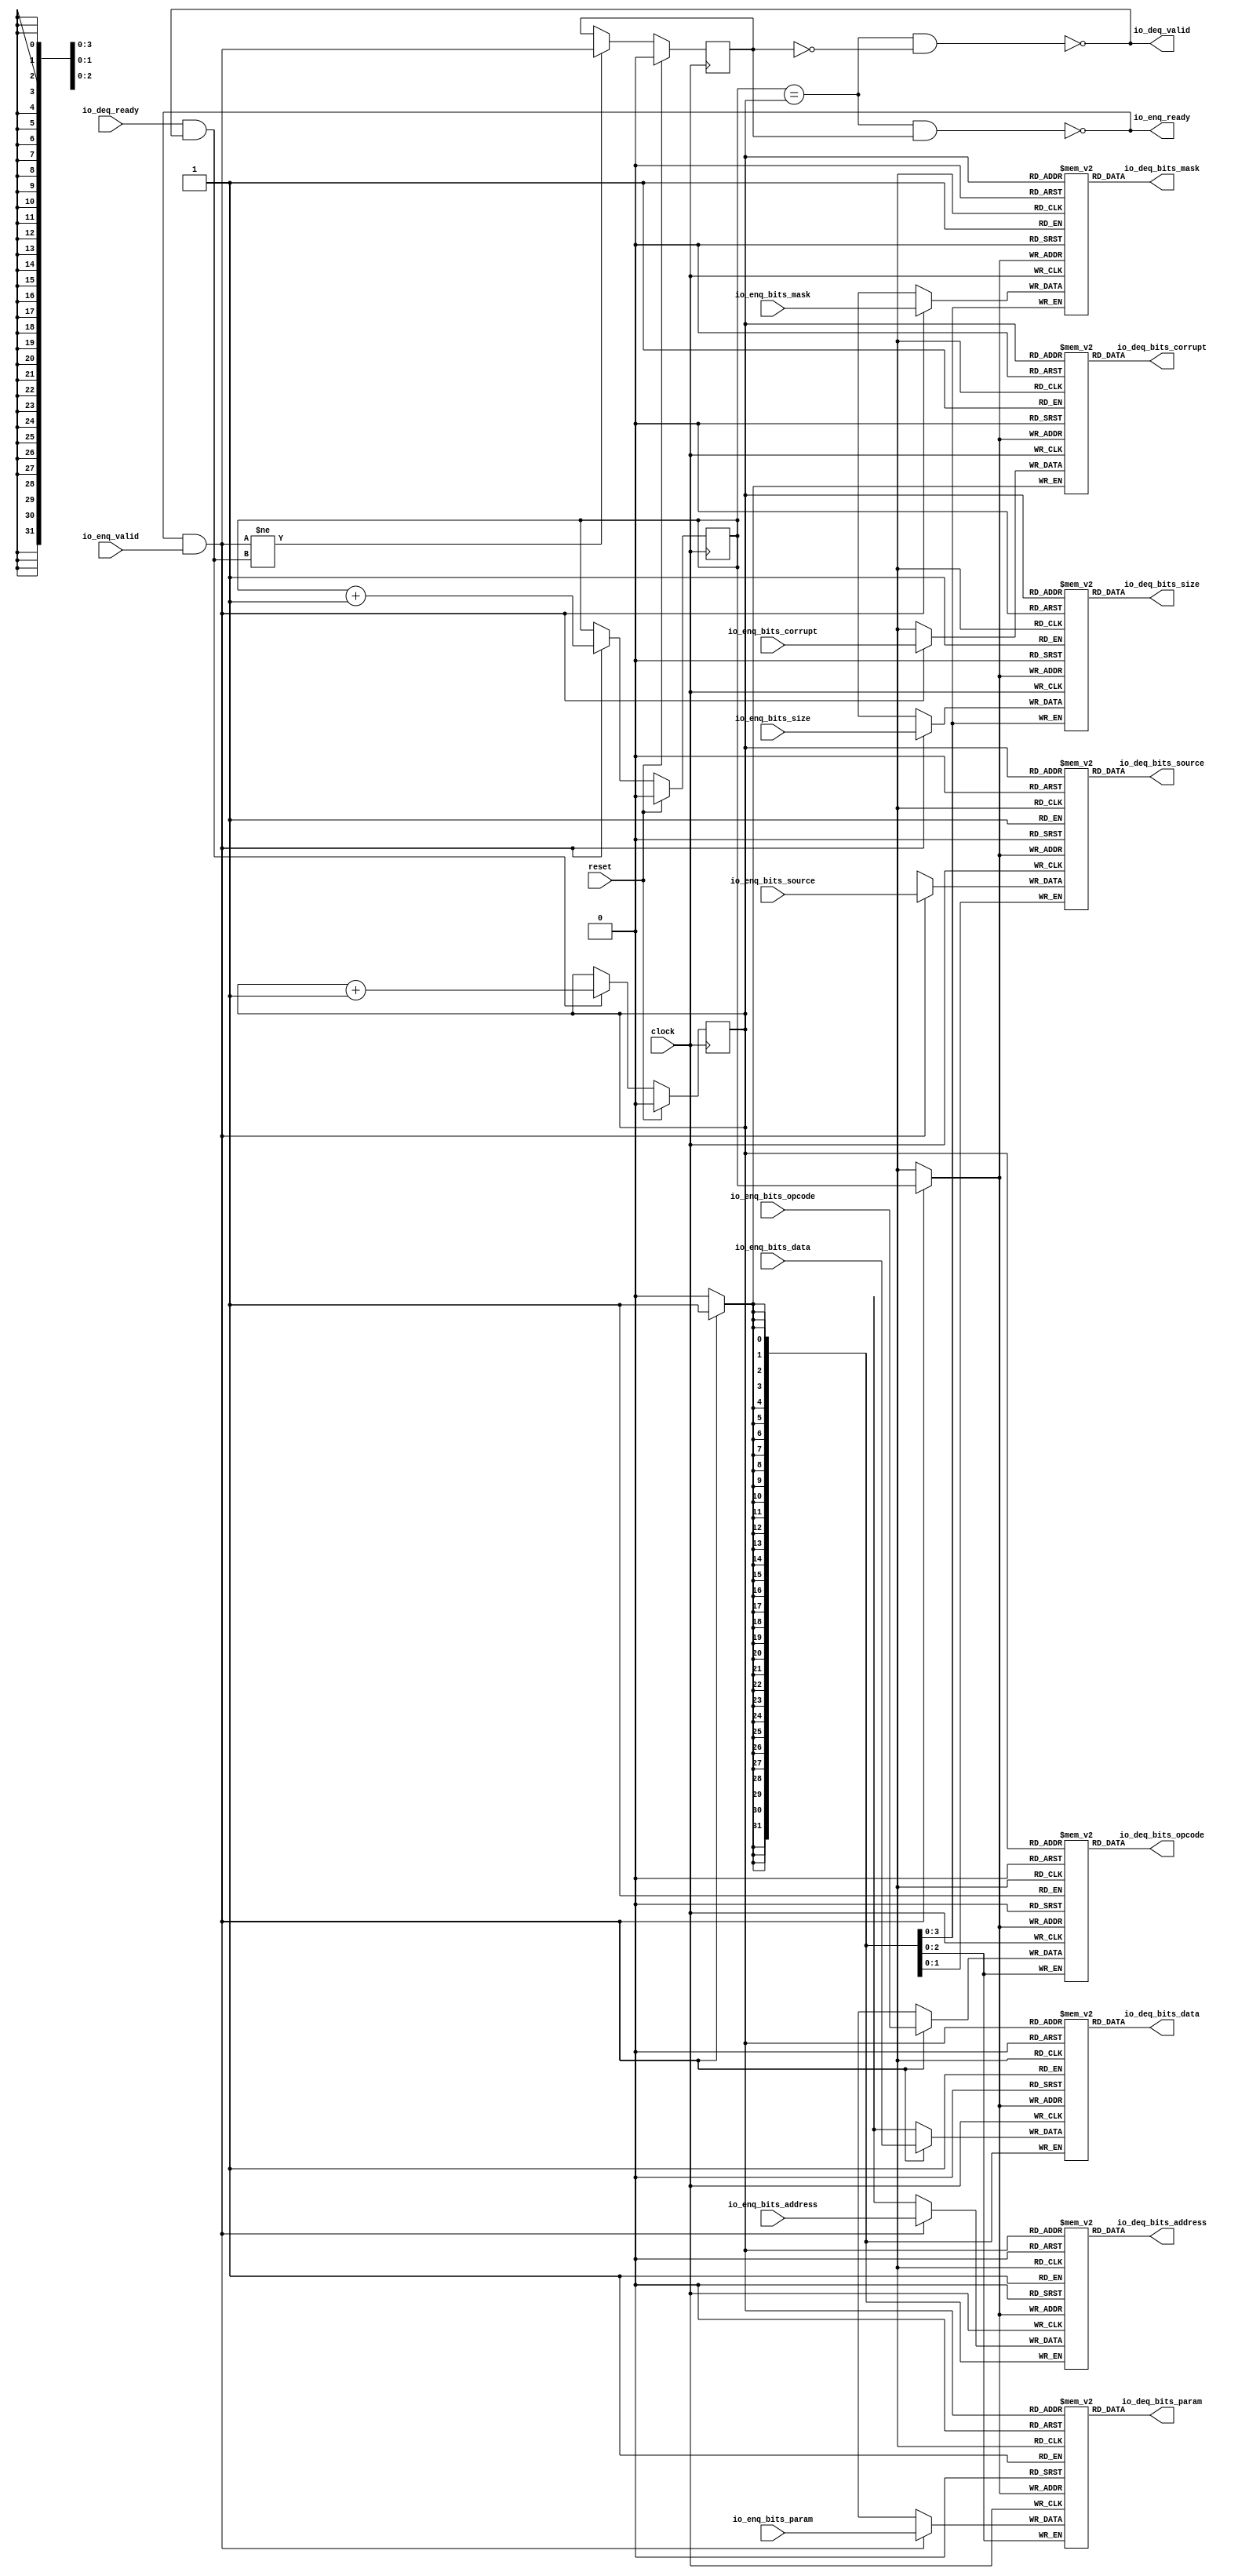
module Queue_33( // @[:freechips.rocketchip.system.DefaultRV32Config.fir@210053.2]
  input         clock, // @[:freechips.rocketchip.system.DefaultRV32Config.fir@210054.4]
  input         reset, // @[:freechips.rocketchip.system.DefaultRV32Config.fir@210055.4]
  output        io_enq_ready, // @[:freechips.rocketchip.system.DefaultRV32Config.fir@210056.4]
  input         io_enq_valid, // @[:freechips.rocketchip.system.DefaultRV32Config.fir@210056.4]
  input  [2:0]  io_enq_bits_opcode, // @[:freechips.rocketchip.system.DefaultRV32Config.fir@210056.4]
  input  [2:0]  io_enq_bits_param, // @[:freechips.rocketchip.system.DefaultRV32Config.fir@210056.4]
  input  [3:0]  io_enq_bits_size, // @[:freechips.rocketchip.system.DefaultRV32Config.fir@210056.4]
  input  [1:0]  io_enq_bits_source, // @[:freechips.rocketchip.system.DefaultRV32Config.fir@210056.4]
  input  [31:0] io_enq_bits_address, // @[:freechips.rocketchip.system.DefaultRV32Config.fir@210056.4]
  input  [3:0]  io_enq_bits_mask, // @[:freechips.rocketchip.system.DefaultRV32Config.fir@210056.4]
  input  [31:0] io_enq_bits_data, // @[:freechips.rocketchip.system.DefaultRV32Config.fir@210056.4]
  input         io_enq_bits_corrupt, // @[:freechips.rocketchip.system.DefaultRV32Config.fir@210056.4]
  input         io_deq_ready, // @[:freechips.rocketchip.system.DefaultRV32Config.fir@210056.4]
  output        io_deq_valid, // @[:freechips.rocketchip.system.DefaultRV32Config.fir@210056.4]
  output [2:0]  io_deq_bits_opcode, // @[:freechips.rocketchip.system.DefaultRV32Config.fir@210056.4]
  output [2:0]  io_deq_bits_param, // @[:freechips.rocketchip.system.DefaultRV32Config.fir@210056.4]
  output [3:0]  io_deq_bits_size, // @[:freechips.rocketchip.system.DefaultRV32Config.fir@210056.4]
  output [1:0]  io_deq_bits_source, // @[:freechips.rocketchip.system.DefaultRV32Config.fir@210056.4]
  output [31:0] io_deq_bits_address, // @[:freechips.rocketchip.system.DefaultRV32Config.fir@210056.4]
  output [3:0]  io_deq_bits_mask, // @[:freechips.rocketchip.system.DefaultRV32Config.fir@210056.4]
  output [31:0] io_deq_bits_data, // @[:freechips.rocketchip.system.DefaultRV32Config.fir@210056.4]
  output        io_deq_bits_corrupt // @[:freechips.rocketchip.system.DefaultRV32Config.fir@210056.4]
);
`ifdef RANDOMIZE_MEM_INIT
  reg [31:0] _RAND_0;
  reg [31:0] _RAND_1;
  reg [31:0] _RAND_2;
  reg [31:0] _RAND_3;
  reg [31:0] _RAND_4;
  reg [31:0] _RAND_5;
  reg [31:0] _RAND_6;
  reg [31:0] _RAND_7;
`endif // RANDOMIZE_MEM_INIT
`ifdef RANDOMIZE_REG_INIT
  reg [31:0] _RAND_8;
  reg [31:0] _RAND_9;
  reg [31:0] _RAND_10;
`endif // RANDOMIZE_REG_INIT
  reg [2:0] ram_opcode [0:1]; // @[Decoupled.scala 209:16:freechips.rocketchip.system.DefaultRV32Config.fir@210058.4]
  wire [2:0] ram_opcode__T_15_data; // @[Decoupled.scala 209:16:freechips.rocketchip.system.DefaultRV32Config.fir@210058.4]
  wire  ram_opcode__T_15_addr; // @[Decoupled.scala 209:16:freechips.rocketchip.system.DefaultRV32Config.fir@210058.4]
  wire [2:0] ram_opcode__T_5_data; // @[Decoupled.scala 209:16:freechips.rocketchip.system.DefaultRV32Config.fir@210058.4]
  wire  ram_opcode__T_5_addr; // @[Decoupled.scala 209:16:freechips.rocketchip.system.DefaultRV32Config.fir@210058.4]
  wire  ram_opcode__T_5_mask; // @[Decoupled.scala 209:16:freechips.rocketchip.system.DefaultRV32Config.fir@210058.4]
  wire  ram_opcode__T_5_en; // @[Decoupled.scala 209:16:freechips.rocketchip.system.DefaultRV32Config.fir@210058.4]
  reg [2:0] ram_param [0:1]; // @[Decoupled.scala 209:16:freechips.rocketchip.system.DefaultRV32Config.fir@210058.4]
  wire [2:0] ram_param__T_15_data; // @[Decoupled.scala 209:16:freechips.rocketchip.system.DefaultRV32Config.fir@210058.4]
  wire  ram_param__T_15_addr; // @[Decoupled.scala 209:16:freechips.rocketchip.system.DefaultRV32Config.fir@210058.4]
  wire [2:0] ram_param__T_5_data; // @[Decoupled.scala 209:16:freechips.rocketchip.system.DefaultRV32Config.fir@210058.4]
  wire  ram_param__T_5_addr; // @[Decoupled.scala 209:16:freechips.rocketchip.system.DefaultRV32Config.fir@210058.4]
  wire  ram_param__T_5_mask; // @[Decoupled.scala 209:16:freechips.rocketchip.system.DefaultRV32Config.fir@210058.4]
  wire  ram_param__T_5_en; // @[Decoupled.scala 209:16:freechips.rocketchip.system.DefaultRV32Config.fir@210058.4]
  reg [3:0] ram_size [0:1]; // @[Decoupled.scala 209:16:freechips.rocketchip.system.DefaultRV32Config.fir@210058.4]
  wire [3:0] ram_size__T_15_data; // @[Decoupled.scala 209:16:freechips.rocketchip.system.DefaultRV32Config.fir@210058.4]
  wire  ram_size__T_15_addr; // @[Decoupled.scala 209:16:freechips.rocketchip.system.DefaultRV32Config.fir@210058.4]
  wire [3:0] ram_size__T_5_data; // @[Decoupled.scala 209:16:freechips.rocketchip.system.DefaultRV32Config.fir@210058.4]
  wire  ram_size__T_5_addr; // @[Decoupled.scala 209:16:freechips.rocketchip.system.DefaultRV32Config.fir@210058.4]
  wire  ram_size__T_5_mask; // @[Decoupled.scala 209:16:freechips.rocketchip.system.DefaultRV32Config.fir@210058.4]
  wire  ram_size__T_5_en; // @[Decoupled.scala 209:16:freechips.rocketchip.system.DefaultRV32Config.fir@210058.4]
  reg [1:0] ram_source [0:1]; // @[Decoupled.scala 209:16:freechips.rocketchip.system.DefaultRV32Config.fir@210058.4]
  wire [1:0] ram_source__T_15_data; // @[Decoupled.scala 209:16:freechips.rocketchip.system.DefaultRV32Config.fir@210058.4]
  wire  ram_source__T_15_addr; // @[Decoupled.scala 209:16:freechips.rocketchip.system.DefaultRV32Config.fir@210058.4]
  wire [1:0] ram_source__T_5_data; // @[Decoupled.scala 209:16:freechips.rocketchip.system.DefaultRV32Config.fir@210058.4]
  wire  ram_source__T_5_addr; // @[Decoupled.scala 209:16:freechips.rocketchip.system.DefaultRV32Config.fir@210058.4]
  wire  ram_source__T_5_mask; // @[Decoupled.scala 209:16:freechips.rocketchip.system.DefaultRV32Config.fir@210058.4]
  wire  ram_source__T_5_en; // @[Decoupled.scala 209:16:freechips.rocketchip.system.DefaultRV32Config.fir@210058.4]
  reg [31:0] ram_address [0:1]; // @[Decoupled.scala 209:16:freechips.rocketchip.system.DefaultRV32Config.fir@210058.4]
  wire [31:0] ram_address__T_15_data; // @[Decoupled.scala 209:16:freechips.rocketchip.system.DefaultRV32Config.fir@210058.4]
  wire  ram_address__T_15_addr; // @[Decoupled.scala 209:16:freechips.rocketchip.system.DefaultRV32Config.fir@210058.4]
  wire [31:0] ram_address__T_5_data; // @[Decoupled.scala 209:16:freechips.rocketchip.system.DefaultRV32Config.fir@210058.4]
  wire  ram_address__T_5_addr; // @[Decoupled.scala 209:16:freechips.rocketchip.system.DefaultRV32Config.fir@210058.4]
  wire  ram_address__T_5_mask; // @[Decoupled.scala 209:16:freechips.rocketchip.system.DefaultRV32Config.fir@210058.4]
  wire  ram_address__T_5_en; // @[Decoupled.scala 209:16:freechips.rocketchip.system.DefaultRV32Config.fir@210058.4]
  reg [3:0] ram_mask [0:1]; // @[Decoupled.scala 209:16:freechips.rocketchip.system.DefaultRV32Config.fir@210058.4]
  wire [3:0] ram_mask__T_15_data; // @[Decoupled.scala 209:16:freechips.rocketchip.system.DefaultRV32Config.fir@210058.4]
  wire  ram_mask__T_15_addr; // @[Decoupled.scala 209:16:freechips.rocketchip.system.DefaultRV32Config.fir@210058.4]
  wire [3:0] ram_mask__T_5_data; // @[Decoupled.scala 209:16:freechips.rocketchip.system.DefaultRV32Config.fir@210058.4]
  wire  ram_mask__T_5_addr; // @[Decoupled.scala 209:16:freechips.rocketchip.system.DefaultRV32Config.fir@210058.4]
  wire  ram_mask__T_5_mask; // @[Decoupled.scala 209:16:freechips.rocketchip.system.DefaultRV32Config.fir@210058.4]
  wire  ram_mask__T_5_en; // @[Decoupled.scala 209:16:freechips.rocketchip.system.DefaultRV32Config.fir@210058.4]
  reg [31:0] ram_data [0:1]; // @[Decoupled.scala 209:16:freechips.rocketchip.system.DefaultRV32Config.fir@210058.4]
  wire [31:0] ram_data__T_15_data; // @[Decoupled.scala 209:16:freechips.rocketchip.system.DefaultRV32Config.fir@210058.4]
  wire  ram_data__T_15_addr; // @[Decoupled.scala 209:16:freechips.rocketchip.system.DefaultRV32Config.fir@210058.4]
  wire [31:0] ram_data__T_5_data; // @[Decoupled.scala 209:16:freechips.rocketchip.system.DefaultRV32Config.fir@210058.4]
  wire  ram_data__T_5_addr; // @[Decoupled.scala 209:16:freechips.rocketchip.system.DefaultRV32Config.fir@210058.4]
  wire  ram_data__T_5_mask; // @[Decoupled.scala 209:16:freechips.rocketchip.system.DefaultRV32Config.fir@210058.4]
  wire  ram_data__T_5_en; // @[Decoupled.scala 209:16:freechips.rocketchip.system.DefaultRV32Config.fir@210058.4]
  reg  ram_corrupt [0:1]; // @[Decoupled.scala 209:16:freechips.rocketchip.system.DefaultRV32Config.fir@210058.4]
  wire  ram_corrupt__T_15_data; // @[Decoupled.scala 209:16:freechips.rocketchip.system.DefaultRV32Config.fir@210058.4]
  wire  ram_corrupt__T_15_addr; // @[Decoupled.scala 209:16:freechips.rocketchip.system.DefaultRV32Config.fir@210058.4]
  wire  ram_corrupt__T_5_data; // @[Decoupled.scala 209:16:freechips.rocketchip.system.DefaultRV32Config.fir@210058.4]
  wire  ram_corrupt__T_5_addr; // @[Decoupled.scala 209:16:freechips.rocketchip.system.DefaultRV32Config.fir@210058.4]
  wire  ram_corrupt__T_5_mask; // @[Decoupled.scala 209:16:freechips.rocketchip.system.DefaultRV32Config.fir@210058.4]
  wire  ram_corrupt__T_5_en; // @[Decoupled.scala 209:16:freechips.rocketchip.system.DefaultRV32Config.fir@210058.4]
  reg  _T; // @[Counter.scala 29:33:freechips.rocketchip.system.DefaultRV32Config.fir@210059.4]
  reg  _T_1; // @[Counter.scala 29:33:freechips.rocketchip.system.DefaultRV32Config.fir@210060.4]
  reg  maybe_full; // @[Decoupled.scala 212:27:freechips.rocketchip.system.DefaultRV32Config.fir@210061.4]
  wire  ptr_match; // @[Decoupled.scala 214:33:freechips.rocketchip.system.DefaultRV32Config.fir@210062.4]
  wire  _T_2; // @[Decoupled.scala 215:28:freechips.rocketchip.system.DefaultRV32Config.fir@210063.4]
  wire  empty; // @[Decoupled.scala 215:25:freechips.rocketchip.system.DefaultRV32Config.fir@210064.4]
  wire  full; // @[Decoupled.scala 216:24:freechips.rocketchip.system.DefaultRV32Config.fir@210065.4]
  wire  do_enq; // @[Decoupled.scala 40:37:freechips.rocketchip.system.DefaultRV32Config.fir@210066.4]
  wire  do_deq; // @[Decoupled.scala 40:37:freechips.rocketchip.system.DefaultRV32Config.fir@210069.4]
  wire  _T_8; // @[Counter.scala 39:22:freechips.rocketchip.system.DefaultRV32Config.fir@210084.6]
  wire  _T_11; // @[Counter.scala 39:22:freechips.rocketchip.system.DefaultRV32Config.fir@210090.6]
  wire  _T_12; // @[Decoupled.scala 227:16:freechips.rocketchip.system.DefaultRV32Config.fir@210093.4]
  assign ram_opcode__T_15_addr = _T_1;
  assign ram_opcode__T_15_data = ram_opcode[ram_opcode__T_15_addr]; // @[Decoupled.scala 209:16:freechips.rocketchip.system.DefaultRV32Config.fir@210058.4]
  assign ram_opcode__T_5_data = io_enq_bits_opcode;
  assign ram_opcode__T_5_addr = _T;
  assign ram_opcode__T_5_mask = 1'h1;
  assign ram_opcode__T_5_en = io_enq_ready & io_enq_valid;
  assign ram_param__T_15_addr = _T_1;
  assign ram_param__T_15_data = ram_param[ram_param__T_15_addr]; // @[Decoupled.scala 209:16:freechips.rocketchip.system.DefaultRV32Config.fir@210058.4]
  assign ram_param__T_5_data = io_enq_bits_param;
  assign ram_param__T_5_addr = _T;
  assign ram_param__T_5_mask = 1'h1;
  assign ram_param__T_5_en = io_enq_ready & io_enq_valid;
  assign ram_size__T_15_addr = _T_1;
  assign ram_size__T_15_data = ram_size[ram_size__T_15_addr]; // @[Decoupled.scala 209:16:freechips.rocketchip.system.DefaultRV32Config.fir@210058.4]
  assign ram_size__T_5_data = io_enq_bits_size;
  assign ram_size__T_5_addr = _T;
  assign ram_size__T_5_mask = 1'h1;
  assign ram_size__T_5_en = io_enq_ready & io_enq_valid;
  assign ram_source__T_15_addr = _T_1;
  assign ram_source__T_15_data = ram_source[ram_source__T_15_addr]; // @[Decoupled.scala 209:16:freechips.rocketchip.system.DefaultRV32Config.fir@210058.4]
  assign ram_source__T_5_data = io_enq_bits_source;
  assign ram_source__T_5_addr = _T;
  assign ram_source__T_5_mask = 1'h1;
  assign ram_source__T_5_en = io_enq_ready & io_enq_valid;
  assign ram_address__T_15_addr = _T_1;
  assign ram_address__T_15_data = ram_address[ram_address__T_15_addr]; // @[Decoupled.scala 209:16:freechips.rocketchip.system.DefaultRV32Config.fir@210058.4]
  assign ram_address__T_5_data = io_enq_bits_address;
  assign ram_address__T_5_addr = _T;
  assign ram_address__T_5_mask = 1'h1;
  assign ram_address__T_5_en = io_enq_ready & io_enq_valid;
  assign ram_mask__T_15_addr = _T_1;
  assign ram_mask__T_15_data = ram_mask[ram_mask__T_15_addr]; // @[Decoupled.scala 209:16:freechips.rocketchip.system.DefaultRV32Config.fir@210058.4]
  assign ram_mask__T_5_data = io_enq_bits_mask;
  assign ram_mask__T_5_addr = _T;
  assign ram_mask__T_5_mask = 1'h1;
  assign ram_mask__T_5_en = io_enq_ready & io_enq_valid;
  assign ram_data__T_15_addr = _T_1;
  assign ram_data__T_15_data = ram_data[ram_data__T_15_addr]; // @[Decoupled.scala 209:16:freechips.rocketchip.system.DefaultRV32Config.fir@210058.4]
  assign ram_data__T_5_data = io_enq_bits_data;
  assign ram_data__T_5_addr = _T;
  assign ram_data__T_5_mask = 1'h1;
  assign ram_data__T_5_en = io_enq_ready & io_enq_valid;
  assign ram_corrupt__T_15_addr = _T_1;
  assign ram_corrupt__T_15_data = ram_corrupt[ram_corrupt__T_15_addr]; // @[Decoupled.scala 209:16:freechips.rocketchip.system.DefaultRV32Config.fir@210058.4]
  assign ram_corrupt__T_5_data = io_enq_bits_corrupt;
  assign ram_corrupt__T_5_addr = _T;
  assign ram_corrupt__T_5_mask = 1'h1;
  assign ram_corrupt__T_5_en = io_enq_ready & io_enq_valid;
  assign ptr_match = _T == _T_1; // @[Decoupled.scala 214:33:freechips.rocketchip.system.DefaultRV32Config.fir@210062.4]
  assign _T_2 = ~maybe_full; // @[Decoupled.scala 215:28:freechips.rocketchip.system.DefaultRV32Config.fir@210063.4]
  assign empty = ptr_match & _T_2; // @[Decoupled.scala 215:25:freechips.rocketchip.system.DefaultRV32Config.fir@210064.4]
  assign full = ptr_match & maybe_full; // @[Decoupled.scala 216:24:freechips.rocketchip.system.DefaultRV32Config.fir@210065.4]
  assign do_enq = io_enq_ready & io_enq_valid; // @[Decoupled.scala 40:37:freechips.rocketchip.system.DefaultRV32Config.fir@210066.4]
  assign do_deq = io_deq_ready & io_deq_valid; // @[Decoupled.scala 40:37:freechips.rocketchip.system.DefaultRV32Config.fir@210069.4]
  assign _T_8 = _T + 1'h1; // @[Counter.scala 39:22:freechips.rocketchip.system.DefaultRV32Config.fir@210084.6]
  assign _T_11 = _T_1 + 1'h1; // @[Counter.scala 39:22:freechips.rocketchip.system.DefaultRV32Config.fir@210090.6]
  assign _T_12 = do_enq != do_deq; // @[Decoupled.scala 227:16:freechips.rocketchip.system.DefaultRV32Config.fir@210093.4]
  assign io_enq_ready = ~full; // @[Decoupled.scala 232:16:freechips.rocketchip.system.DefaultRV32Config.fir@210100.4]
  assign io_deq_valid = ~empty; // @[Decoupled.scala 231:16:freechips.rocketchip.system.DefaultRV32Config.fir@210098.4]
  assign io_deq_bits_opcode = ram_opcode__T_15_data; // @[Decoupled.scala 233:15:freechips.rocketchip.system.DefaultRV32Config.fir@210109.4]
  assign io_deq_bits_param = ram_param__T_15_data; // @[Decoupled.scala 233:15:freechips.rocketchip.system.DefaultRV32Config.fir@210108.4]
  assign io_deq_bits_size = ram_size__T_15_data; // @[Decoupled.scala 233:15:freechips.rocketchip.system.DefaultRV32Config.fir@210107.4]
  assign io_deq_bits_source = ram_source__T_15_data; // @[Decoupled.scala 233:15:freechips.rocketchip.system.DefaultRV32Config.fir@210106.4]
  assign io_deq_bits_address = ram_address__T_15_data; // @[Decoupled.scala 233:15:freechips.rocketchip.system.DefaultRV32Config.fir@210105.4]
  assign io_deq_bits_mask = ram_mask__T_15_data; // @[Decoupled.scala 233:15:freechips.rocketchip.system.DefaultRV32Config.fir@210104.4]
  assign io_deq_bits_data = ram_data__T_15_data; // @[Decoupled.scala 233:15:freechips.rocketchip.system.DefaultRV32Config.fir@210103.4]
  assign io_deq_bits_corrupt = ram_corrupt__T_15_data; // @[Decoupled.scala 233:15:freechips.rocketchip.system.DefaultRV32Config.fir@210102.4]
`ifdef RANDOMIZE_GARBAGE_ASSIGN
`define RANDOMIZE
`endif
`ifdef RANDOMIZE_INVALID_ASSIGN
`define RANDOMIZE
`endif
`ifdef RANDOMIZE_REG_INIT
`define RANDOMIZE
`endif
`ifdef RANDOMIZE_MEM_INIT
`define RANDOMIZE
`endif
`ifndef RANDOM
`define RANDOM $random
`endif
`ifdef RANDOMIZE_MEM_INIT
  integer initvar;
`endif
`ifndef SYNTHESIS
`ifdef FIRRTL_BEFORE_INITIAL
`FIRRTL_BEFORE_INITIAL
`endif
initial begin
  `ifdef RANDOMIZE
    `ifdef INIT_RANDOM
      `INIT_RANDOM
    `endif
    `ifndef VERILATOR
      `ifdef RANDOMIZE_DELAY
        #`RANDOMIZE_DELAY begin end
      `else
        #0.002 begin end
      `endif
    `endif
`ifdef RANDOMIZE_MEM_INIT
  _RAND_0 = {1{`RANDOM}};
  for (initvar = 0; initvar < 2; initvar = initvar+1)
    ram_opcode[initvar] = _RAND_0[2:0];
  _RAND_1 = {1{`RANDOM}};
  for (initvar = 0; initvar < 2; initvar = initvar+1)
    ram_param[initvar] = _RAND_1[2:0];
  _RAND_2 = {1{`RANDOM}};
  for (initvar = 0; initvar < 2; initvar = initvar+1)
    ram_size[initvar] = _RAND_2[3:0];
  _RAND_3 = {1{`RANDOM}};
  for (initvar = 0; initvar < 2; initvar = initvar+1)
    ram_source[initvar] = _RAND_3[1:0];
  _RAND_4 = {1{`RANDOM}};
  for (initvar = 0; initvar < 2; initvar = initvar+1)
    ram_address[initvar] = _RAND_4[31:0];
  _RAND_5 = {1{`RANDOM}};
  for (initvar = 0; initvar < 2; initvar = initvar+1)
    ram_mask[initvar] = _RAND_5[3:0];
  _RAND_6 = {1{`RANDOM}};
  for (initvar = 0; initvar < 2; initvar = initvar+1)
    ram_data[initvar] = _RAND_6[31:0];
  _RAND_7 = {1{`RANDOM}};
  for (initvar = 0; initvar < 2; initvar = initvar+1)
    ram_corrupt[initvar] = _RAND_7[0:0];
`endif // RANDOMIZE_MEM_INIT
`ifdef RANDOMIZE_REG_INIT
  _RAND_8 = {1{`RANDOM}};
  _T = _RAND_8[0:0];
  _RAND_9 = {1{`RANDOM}};
  _T_1 = _RAND_9[0:0];
  _RAND_10 = {1{`RANDOM}};
  maybe_full = _RAND_10[0:0];
`endif // RANDOMIZE_REG_INIT
  `endif // RANDOMIZE
end // initial
`ifdef FIRRTL_AFTER_INITIAL
`FIRRTL_AFTER_INITIAL
`endif
`endif // SYNTHESIS
  always @(posedge clock) begin
    if(ram_opcode__T_5_en & ram_opcode__T_5_mask) begin
      ram_opcode[ram_opcode__T_5_addr] <= ram_opcode__T_5_data; // @[Decoupled.scala 209:16:freechips.rocketchip.system.DefaultRV32Config.fir@210058.4]
    end
    if(ram_param__T_5_en & ram_param__T_5_mask) begin
      ram_param[ram_param__T_5_addr] <= ram_param__T_5_data; // @[Decoupled.scala 209:16:freechips.rocketchip.system.DefaultRV32Config.fir@210058.4]
    end
    if(ram_size__T_5_en & ram_size__T_5_mask) begin
      ram_size[ram_size__T_5_addr] <= ram_size__T_5_data; // @[Decoupled.scala 209:16:freechips.rocketchip.system.DefaultRV32Config.fir@210058.4]
    end
    if(ram_source__T_5_en & ram_source__T_5_mask) begin
      ram_source[ram_source__T_5_addr] <= ram_source__T_5_data; // @[Decoupled.scala 209:16:freechips.rocketchip.system.DefaultRV32Config.fir@210058.4]
    end
    if(ram_address__T_5_en & ram_address__T_5_mask) begin
      ram_address[ram_address__T_5_addr] <= ram_address__T_5_data; // @[Decoupled.scala 209:16:freechips.rocketchip.system.DefaultRV32Config.fir@210058.4]
    end
    if(ram_mask__T_5_en & ram_mask__T_5_mask) begin
      ram_mask[ram_mask__T_5_addr] <= ram_mask__T_5_data; // @[Decoupled.scala 209:16:freechips.rocketchip.system.DefaultRV32Config.fir@210058.4]
    end
    if(ram_data__T_5_en & ram_data__T_5_mask) begin
      ram_data[ram_data__T_5_addr] <= ram_data__T_5_data; // @[Decoupled.scala 209:16:freechips.rocketchip.system.DefaultRV32Config.fir@210058.4]
    end
    if(ram_corrupt__T_5_en & ram_corrupt__T_5_mask) begin
      ram_corrupt[ram_corrupt__T_5_addr] <= ram_corrupt__T_5_data; // @[Decoupled.scala 209:16:freechips.rocketchip.system.DefaultRV32Config.fir@210058.4]
    end
    if (reset) begin
      _T <= 1'h0;
    end else if (do_enq) begin
      _T <= _T_8;
    end
    if (reset) begin
      _T_1 <= 1'h0;
    end else if (do_deq) begin
      _T_1 <= _T_11;
    end
    if (reset) begin
      maybe_full <= 1'h0;
    end else if (_T_12) begin
      maybe_full <= do_enq;
    end
  end
endmodule